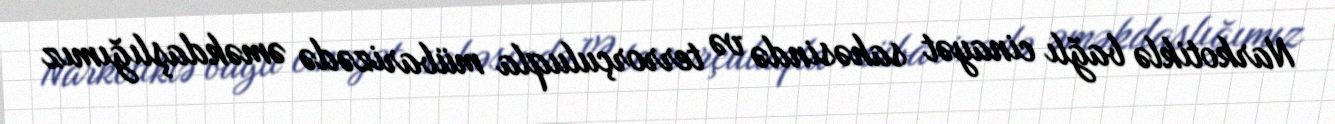
Narkotiklə bağlı cinayət sahəsində və terrorçuluqla mübarizədə əməkdaşlığımız